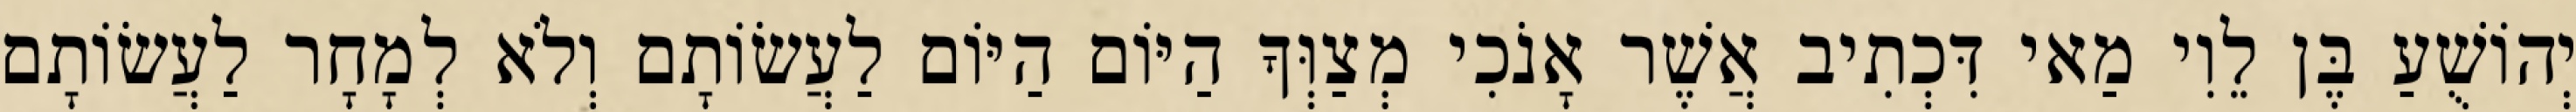
יְהוֹשֻׁעַ בֶּן לֵוִי מַאי דִּכְתִיב אֲשֶׁר אָנֹכִי מְצַוְּךָ הַיּוֹם הַיּוֹם לַעֲשׂוֹתָם וְלֹא לְמָחָר לַעֲשׂוֹתָם